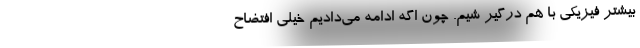
بیشتر فیزیکی با هم درگیر شیم. چون اگه ادامه می‌دادیم خیلی افتضاح